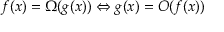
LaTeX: f ( x ) = \Omega ( g ( x ) ) \Leftrightarrow g ( x ) = O ( f ( x ) )